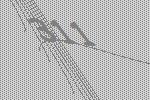
311